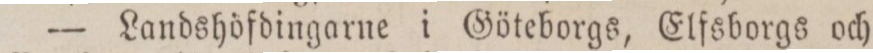
— Landshöfdingarne i Göteborgs, Elfsborgs och